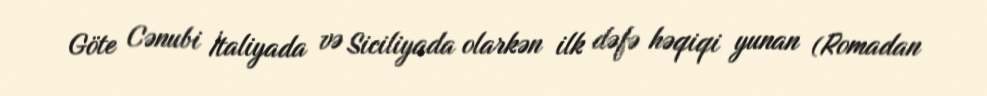
Göte Cənubi İtaliyada və Siciliyada olarkən ilk dəfə həqiqi yunan (Romadan